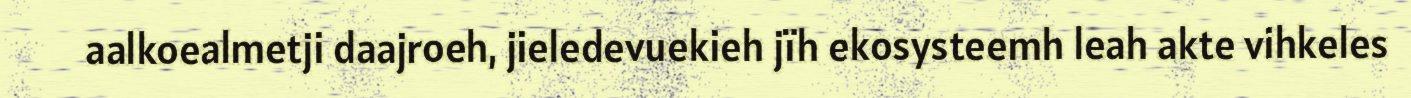
aalkoealmetji daajroeh, jieledevuekieh jïh ekosysteemh leah akte vihkeles